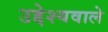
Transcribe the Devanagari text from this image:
उद्देश्यवाले